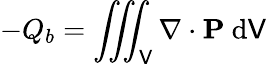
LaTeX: -Q_{b}=\iiint_{\mathsf{V}}\nabla\cdot\mathbf{{P}}\ \mathrm{{d}}\mathsf{V}